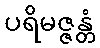
ပရိမဇ္ဇန္တံ